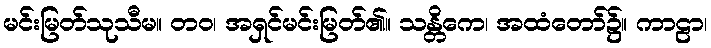
မင်းမြတ်သုသီမ။ တဝ၊ အရှင်မင်းမြတ်၏။ သန္တိကေ၊ အထံတော်၌။ ကာဠာ၊